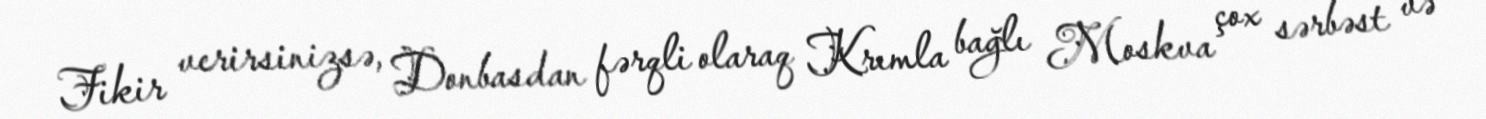
Fikir verirsinizsə, Donbasdan fərqli olaraq Krımla bağlı Moskva çox sərbəst və